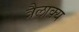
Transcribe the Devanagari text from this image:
त्रैलाक्य